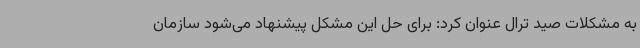
به مشکلات صید ترال عنوان کرد: برای حل این مشکل پیشنهاد می‌شود سازمان